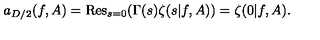
a _ { D / 2 } ( f , A ) = \mathrm { R e s } _ { s = 0 } ( \Gamma ( s ) \zeta ( s | f , A ) ) = \zeta ( 0 | f , A ) .